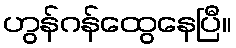
ဟွန်ဂန်ထွေနေပြီ။